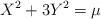
LaTeX: \begin{align*}X^{2}+3Y^{2}=\mu\end{align*}